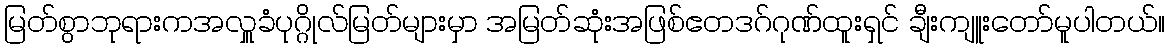
မြတ်စွာဘုရားကအလှူခံပုဂ္ဂိုလ်မြတ်များမှာ အမြတ်ဆုံးအဖြစ်ဧတဒဂ်ဂုဏ်ထူးရှင် ချီးကျူးတော်မူပါတယ်။